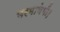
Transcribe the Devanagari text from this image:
भरमायेगी।